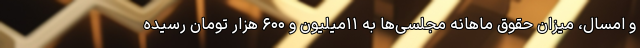
و امسال، میزان حقوق ماهانه مجلسی‌ها به ۱۱میلیون و ۶۰۰ هزار تومان رسیده